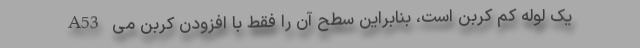
A53 یک لوله کم کربن است، بنابراین سطح آن را فقط با افزودن کربن می